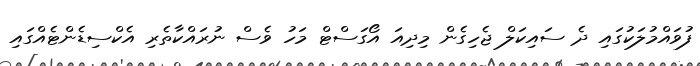
ފުވައްމުލަކުގައި ދެ ސައިކަލް ޖެހިގެން މިދިއަ އޯގަސްޓް މަހު ވެސް ނުރައްކާތެރި އެކްސިޑެންޓެއްގައި